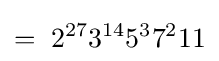
=\;2^{27}3^{14}5^{3}7^{2}11